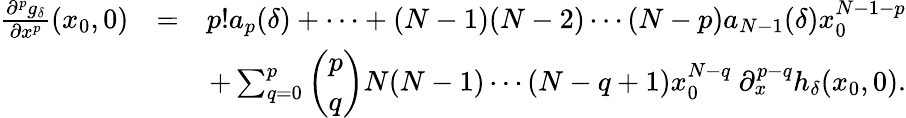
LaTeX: \begin{array}{rlr}{\frac{\partial^{p}g_{\delta}}{\partial x^{p}}(x_{0},0)}&{=}&{p!a_{p}(\delta)+\cdots+(N-1)(N-2)\cdots(N-p)a_{N-1}(\delta)x_{0}^{N-1-p}}\\ &{}&{+\sum_{q=0}^{p}\left(\begin{array}{l}{p}\\ {q}\end{array}\right)N(N-1)\cdots(N-q+1)x_{0}^{N-q}\ \partial_{x}^{p-q}h_{\delta}(x_{0},0).}\end{array}